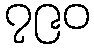
၇၉၀